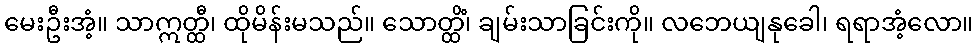
မေးဦးအံ့။ သာဣတ္ထီ၊ ထိုမိန်းမသည်။ သောတ္ထိံ၊ ချမ်းသာခြင်းကို။ လဘေယျနုခေါ၊ ရရာအံ့လော။